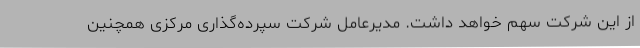
از این شرکت سهم خواهد داشت. مدیرعامل شرکت سپرده‌گذاری مرکزی همچنین